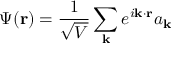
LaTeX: \Psi ( \mathbf { r } ) = { \frac { 1 } { \sqrt { V } } } \sum _ { \mathbf { k } } e ^ { i \mathbf { k \cdot r } } a _ { \mathbf { k } }